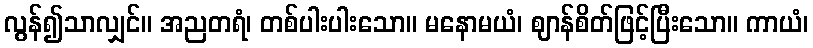
လွန်၍သာလျှင်။ အညတရံ၊ တစ်ပါးပါးသော။ မနောမယံ၊ ဈာန်စိတ်ဖြင့်ပြီးသော။ ကာယံ၊